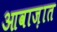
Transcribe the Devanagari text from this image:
आवाज़ात